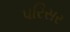
પરિસર